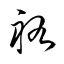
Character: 祐